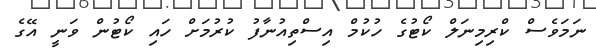
ނަމަވެސް ކްރިމިނަލް ކޯޓުގެ ހުކުމް އިސްތިއުނާފު ކުރުމަށް ހައި ކޯޓުން ވަނީ އޭގެ